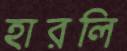
হারলি